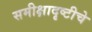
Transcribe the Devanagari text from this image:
समीक्षादृष्टीचे